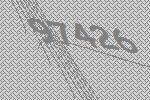
97426